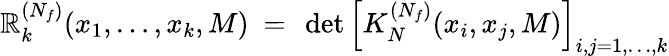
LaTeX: \mathbb{R}_{k}^{(N_{f})}(x_{1},\ldots,x_{k},M)\ =\ \operatorname*{d\mathrm{e}t}\left[K_{N}^{(N_{f})}(x_{i},x_{j},M)\right]_{i,j=1,\ldots,k}